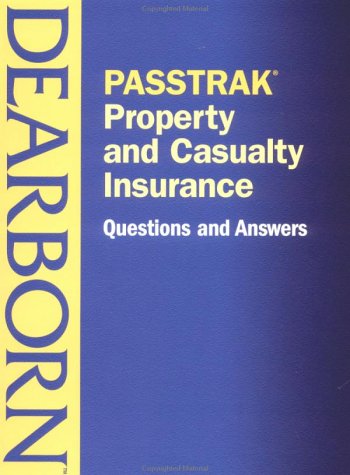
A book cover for PASSTRAK Property and Casualty Insurance Questions & Answers; Dearborn Financial Services; Business & Money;